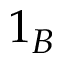
1 _ { B }